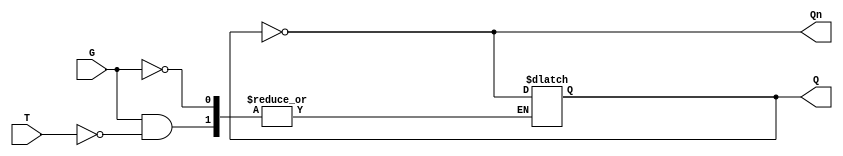
module Gated_T_Latch (
    input wire T,      // Toggle input
    input wire G,      // Gate signal
    output reg Q,      // Output
    output wire Qn     // Complement output
);

// Complement output
assign Qn = ~Q;

// Always block to implement the behavior of the Gated T Latch
always @(G or T) begin
    if (G) begin
        if (T) begin
            Q <= ~Q; // Toggle the output if T is high
        end
        // If T is low, Q remains unchanged
    end
    // If G is low, Q remains unchanged
end

endmodule